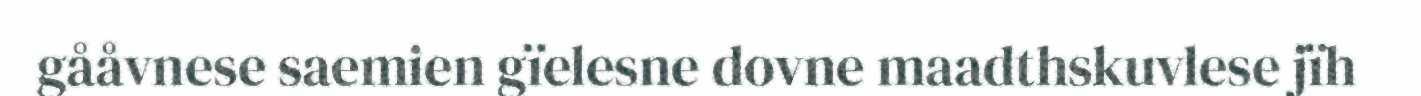
gååvnese saemien gïelesne dovne maadthskuvlese jïh